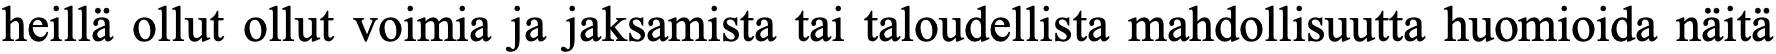
heillä ollut ollut voimia ja jaksamista tai taloudellista mahdollisuutta huomioida näitä